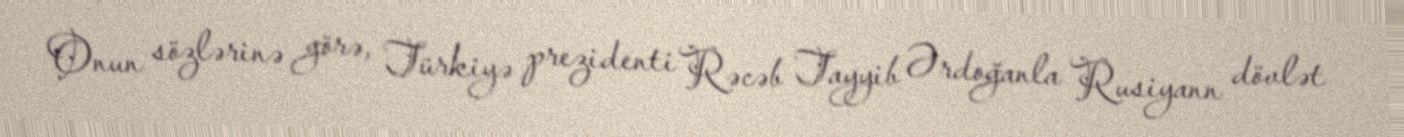
Onun sözlərinə görə, Türkiyə prezidenti Rəcəb Tayyib Ərdoğanla Rusiyann dövlət